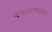
વધતાઓછા